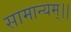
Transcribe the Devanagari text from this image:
सामान्यम्।।